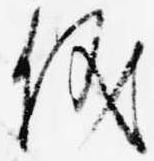
儀